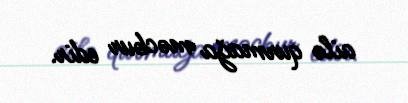
ailə qurmağa məcbur edir.